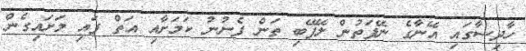
ހާދިސާގައި އޭނާގެ ނޭފަތުން ލޭފޭބި ތަން ފެނުނު ކަމަށާއި އަތް ފައި މަށައިގެން